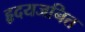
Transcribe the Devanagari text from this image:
हृदयजनित